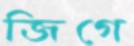
জিগে